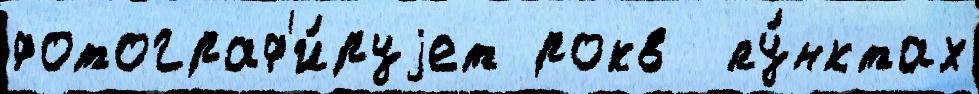
фотограф'и́руjет рокв  пу́нктах